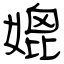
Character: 媲